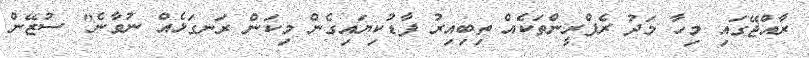
ރާއްޖޭގައި މިހާ މަދު ރެފްރީންތަކެއް ތިބިއިރު ފާޑުކިޔައިގެން މިކަން ރަނގަޅެއް ނުވާނެ" ސުޒޭން